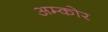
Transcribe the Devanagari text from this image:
अम्कोर